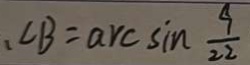
、 \angle B = \arcsin \frac { 9 } { 2 2 }